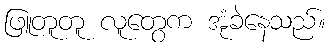
ဖြူတူတူ လူတွေက အုံခဲနေသည်။